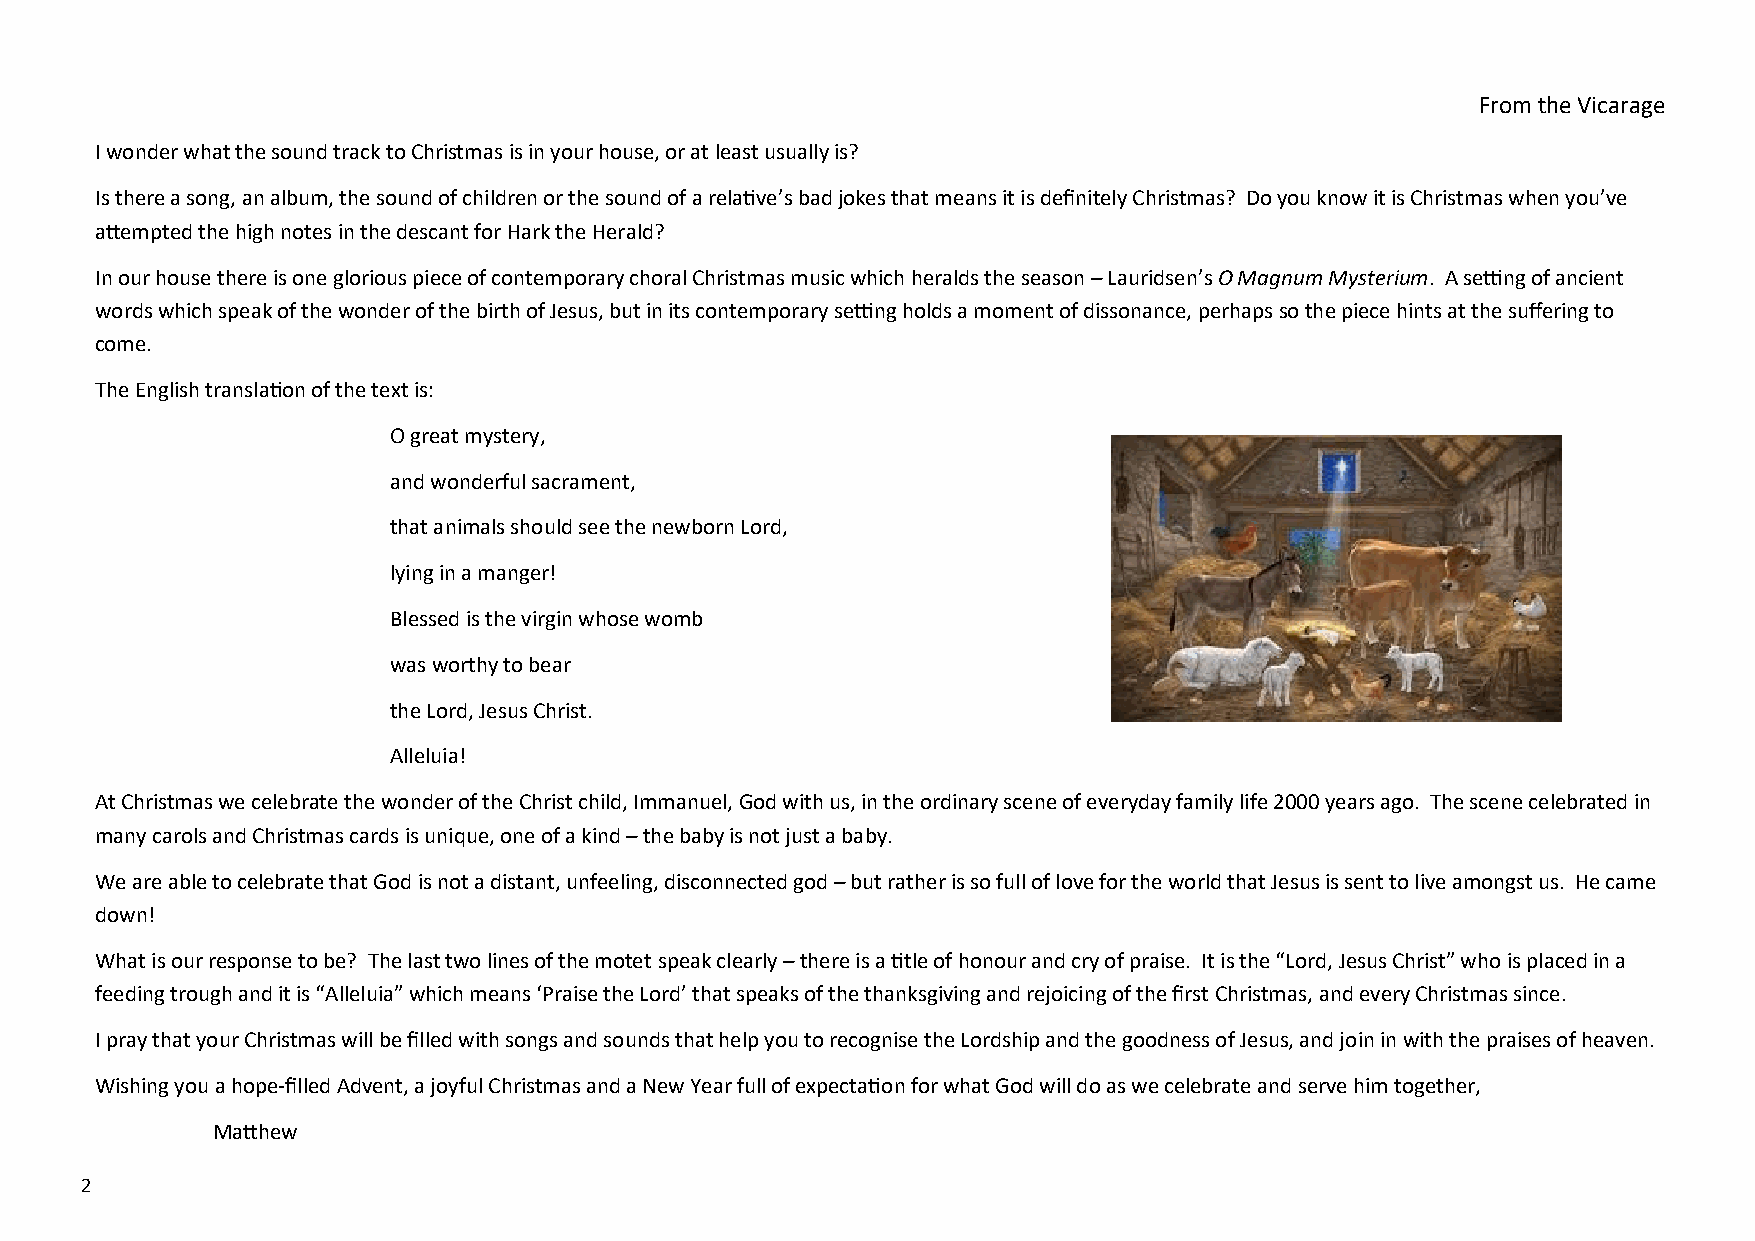
From the Vicarage
 I wonder what the sound track to Christmas is in your house, or at least usually is?
 Is there a song, an album, the sound of children or the sound of a relative’s bad jokes that means it is definitely Christmas? Do you know it is Christmas when you’ve
 attempted the high notes in the descant for Hark the Herald?
 In our house there is one glorious piece of contemporary choral Christmas music which heralds the season – Lauridsen’s O Magnum Mysterium. A setting of ancient
 words which speak of the wonder of the birth of Jesus, but in its contemporary setting holds a moment of dissonance, perhaps so the piece hints at the suffering to
 come.
 The English translation of the text is:
 O great mystery,
 and wonderful sacrament,
 that animals should see the newborn Lord,
 lying in a manger!
 Blessed is the virgin whose womb
 was worthy to bear
 the Lord, Jesus Christ.
 Alleluia!
 At Christmas we celebrate the wonder of the Christ child, Immanuel, God with us, in the ordinary scene of everyday family life 2000 years ago. The scene celebrated in
 many carols and Christmas cards is unique, one of a kind – the baby is not just a b aby.
 We are able to celebrate that God is not a distant, unfeeling, disconnected god – but rather is so full of love for the world that Jesus is sent to live amongst us. He came
 down!
 What is our response to be? The last two lines of the motet speak clearly – there is a title of honour and cry of praise. It is the “Lord, Jesus Christ” who is placed in a
 feeding trough and it is “Alleluia” which means ‘Praise the Lord’ that speaks of the thanksgiving and rejoicing of the first Christmas, and every Christmas since.
 I pray that your Christmas will be filled with songs and sounds that help you to recognise the Lordship and the goodness of Jesus, and join in with the praises of heaven.
 Wishing you a hope-filled Advent, a joyful Christmas and a New Year full of expectation for what God will do as we celebrate and serve him together,
 Matthew
 2